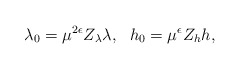
\begin{align*}\lambda_{0}=\mu^{2\epsilon}Z_{\lambda}\lambda,~~h_{0}=\mu^{\epsilon}Z_{h}h,\end{align*}